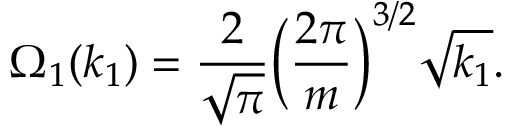
\Omega _ { 1 } ( k _ { 1 } ) = \frac { 2 } { \sqrt { \pi } } \Big ( \frac { 2 \pi } { m } \Big ) ^ { 3 / 2 } \sqrt { k _ { 1 } } .